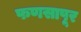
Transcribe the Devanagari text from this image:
फणसापूर